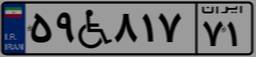
۹۱W۳۰۱۱۷